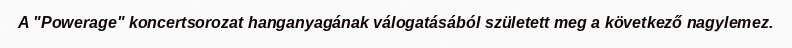
A "Powerage" koncertsorozat hanganyagának válogatásából született meg a következő nagylemez.